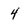
Character: 4